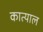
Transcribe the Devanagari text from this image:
कात्याल